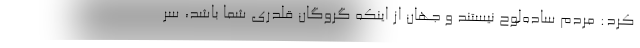
کرد: مردم ساده‌لوح نیستند و جهان از اینکه گروگان قلدری شما باشد، سر